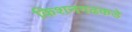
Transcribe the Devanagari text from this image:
किशनगढकडे